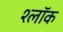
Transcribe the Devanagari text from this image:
श्लॉक